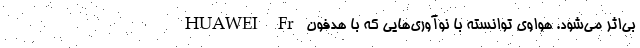
بی‌اثر می‌شود. هواوی توانسته با نوآوری‌هایی که با هدفون HUAWEI Fr